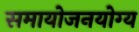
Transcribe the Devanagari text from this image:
समायोजनयोग्‍य